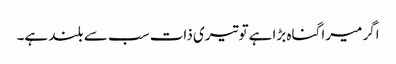
اگر میرا گناہ بڑا ہےتو تیری ذات سب سے بلند ہے۔